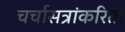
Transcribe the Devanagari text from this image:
चर्चासत्रांकरिता